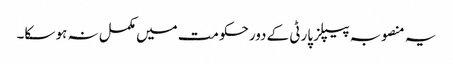
یہ منصوبہ پیپلز پارٹی کے دورحکومت میں مکمل نہ ہو سکا۔